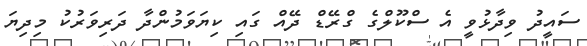
ސައީދު ވިދާޅުވީ އެ ސްކޫލްގެ ގްރޭޑް ދޭއް ގައި ކިޔަވަމުންދާ ދަރިވަރުކު މިދިޔަ